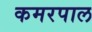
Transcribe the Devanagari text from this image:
कमरपाल